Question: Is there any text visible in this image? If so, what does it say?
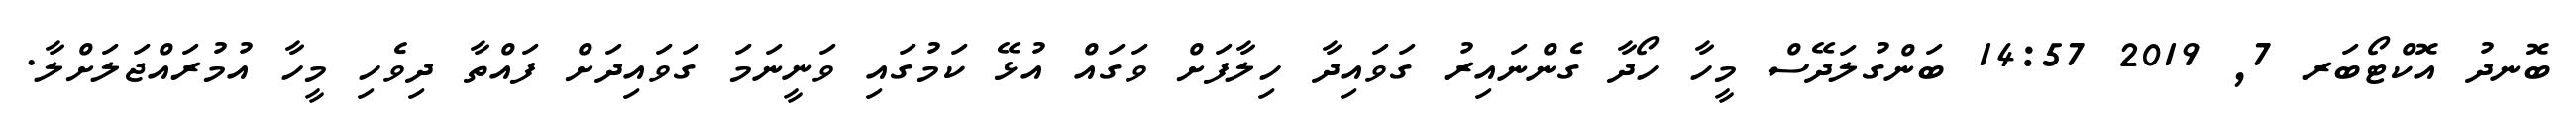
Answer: ބޮނދު އޮކްޓޯބަރ 7, 2019 14:57 ބަންގުލަދޭސް މީހާ ހޯދާ ގެންނައިރު ގަވައިދާ ހިލާފަށް ވަގައް އުޅޭ ކަމުގައި ވަނީނަމަ ގަވައިދަށް ފައްތާ ދިވެހި މީހާ އުމުރައްޖަލަށްލާ.